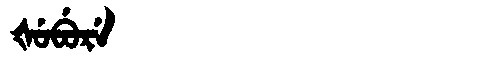
Manchu: ᡧᡠᠪᡠᡵᡝ
Romanization: ŠUBURE